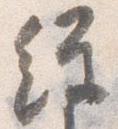
経